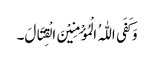
وَ کَفَی اللّٰہُ الْمُؤْمِنِیْنَ الْقِتَالَ۔